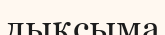
лықсыма